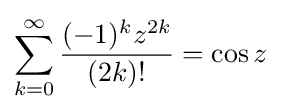
\sum _{k=0}^{\infty }{\frac {(-1)^{k}z^{2k}}{(2k)!}}=\cos z